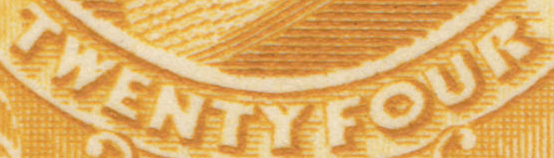
TWENTYFOUR